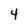
Character: 4